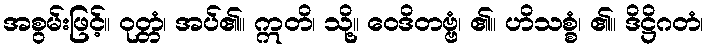
အစွမ်းဖြင့်။ ဝုတ္တံ၊ အပ်၏။ ဣတိ၊ သို့။ ဝေဒိတဗ္ဗံ၊ ၏။ ဟိသစ္စံ၊ ၏။ ဒိဋ္ဌိဂတံ၊